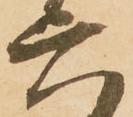
六